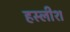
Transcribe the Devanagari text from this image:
हस्लीश